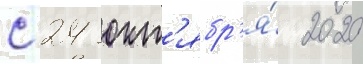
с 24 окт'ябр'я́ 2020